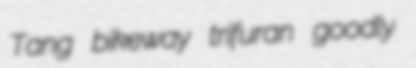
Tang bikeway trifuran goodly